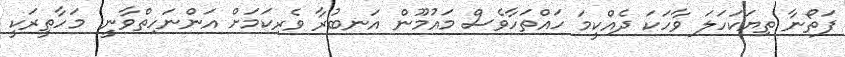
ފަތޯނާ ތިޔަކަހަލަ ވާހަކަ ދެއްކީމަ ހައްތަހާވެސް މައުމޫން އަނބުރާ ވެރިކަމަށް އަންނަހިތްވާނީ. މަހާތީރަކީ